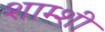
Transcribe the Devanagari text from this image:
शाम्शी